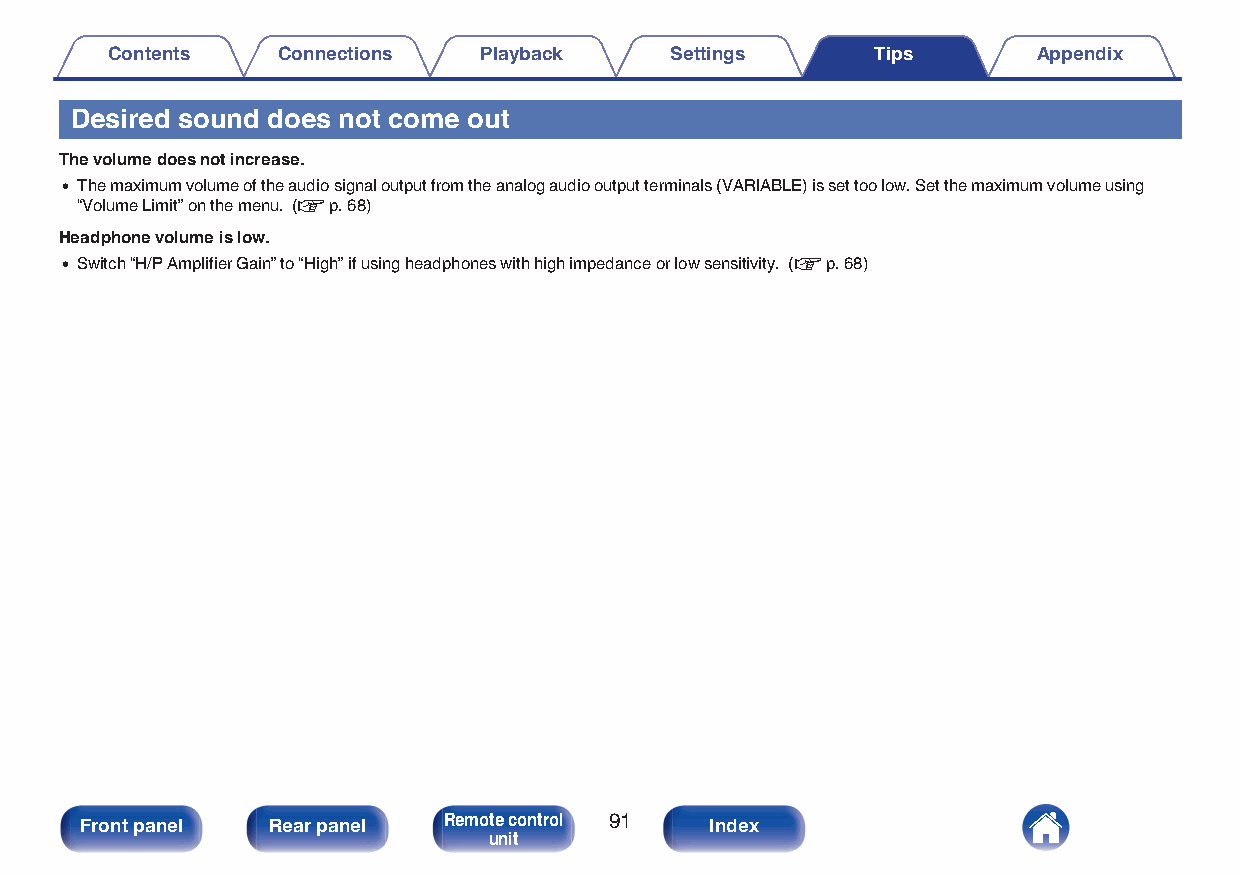
Contents   Connections   Playback    Settings      Tips       Appendix
 Desired sound does not come out
 The volume does not increase.
 0 The maximum volume of the audio signal output from the analog audio output terminals (VARIABLE) is set too low. Set the maximum volume using
 “Volume Limit” on the menu. (v p. 68)
 Headphone volume is low.
 0 Switch “H/P Amplifier Gain” to “High” if using headphones with high impedance or low sensitivity. (v p. 68)
 Front panel  Rear panel Remote control 91 Index
 unit